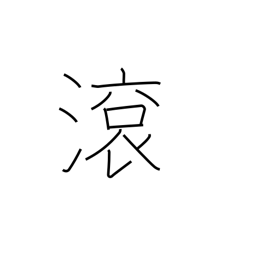
Meaning: flow